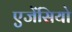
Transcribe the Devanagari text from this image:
एजेंसियो